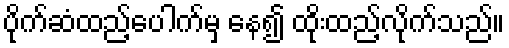
ပိုက်ဆံထည့်ပေါက်မှ နေ၍ ထိုးထည့်လိုက်သည်။